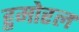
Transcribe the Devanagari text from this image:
हुमोरल